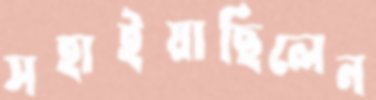
সহাইয়াছিলেন